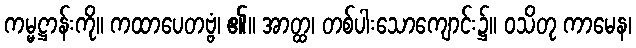
ကမ္မဋ္ဌာန်းကို။ ကထာပေတဗ္ဗံ၊ ၏။ အာတ္ထ၊ တစ်ပါးသောကျောင်း၌။ ဝသိတု ကာမေန၊